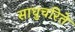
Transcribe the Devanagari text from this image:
साधुचरिते